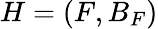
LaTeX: H=\left(F,B_{F}\right)